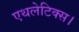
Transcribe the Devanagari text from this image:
एथलेटिक्स।